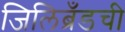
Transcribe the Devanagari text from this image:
जिलिब्रँडची